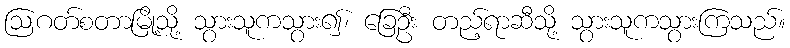
ဩဂတ်စတာမြို့သို့ သွားသူကသွား၍၊ ခြေဦး တည့်ရာဆီသို့ သွားသူကသွားကြသည်။